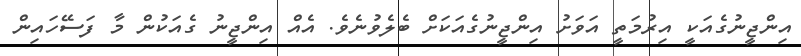
އިންޖީނުގެއަކީ އިރުމަތީ އަވަށު އިންޖީނުގެއަކަށް ބެލެވުނެވެ. އެއް އިންޖީނު ގެއަކުން މާ ފަސޭހައިން